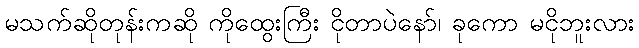
မသက်ဆိုတုန်းကဆို ကိုထွေးကြီး ငိုတာပဲနော်၊ ခုကော မငိုဘူးလား